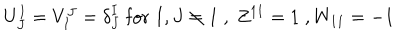
LaTeX: U _ { J } ^ { I } = V _ { I } ^ { J } = { \delta } _ { J } ^ { I } \; \mathrm { f o r } \; I , J \neq 1 \; , \; Z ^ { 1 1 } = 1 \; , W _ { 1 1 } = - 1